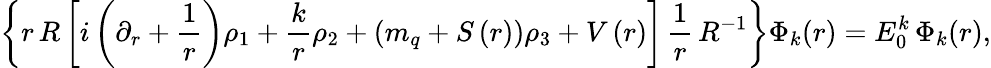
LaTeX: \left\{ {r\, R\left[i\left({\partial_{r}+{\frac{1}{r}}}\right)\rho_{1}+{\frac{k}{r}}\rho_{2}+\left({m_{q}+S\left(r\right)}\right)\rho_{3}+V\left(r\right)\right]\, {\frac{1}{r}}\, R^{-1}}\right\} \Phi_{k}(r)=E_{0}^{k}\, \Phi_{k}(r),